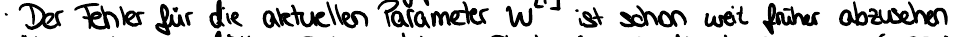
Der Fehler für die aktuellen Parameter W ist schon weit früher abzusehen